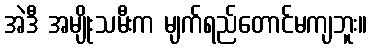
အဲဒီ အမျိုးသမီးက မျက်ရည်တောင်မကျဘူး။